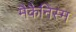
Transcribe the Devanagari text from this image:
मैकैनिस्म